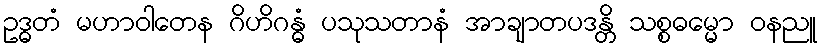
ဥဒ္ဓတံ မဟာဝါတေန ဂိဟိဂန္ဓံ ပသုသတာနံ အာချာတပဒန္တိ သစ္စဓမ္မော ဝနညူ